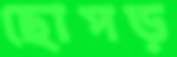
ছোপড়